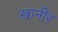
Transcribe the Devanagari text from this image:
खानीर